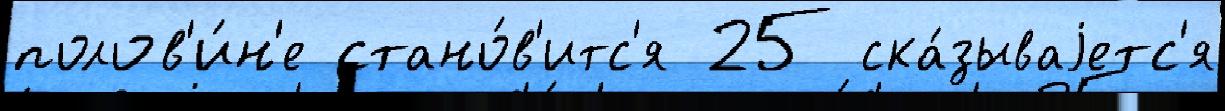
полов'и́н'е стано́в'итс'я 25 ска́зываjетс'я